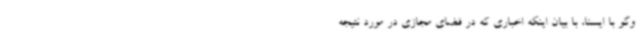
وگو با ایسنا، با بیان اینکه اخباری که در فضای مجازی در مورد نتیجه